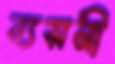
ব্যসনী